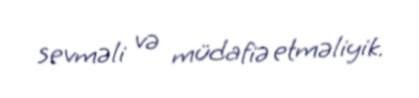
sevməli və müdafiə etməliyik.